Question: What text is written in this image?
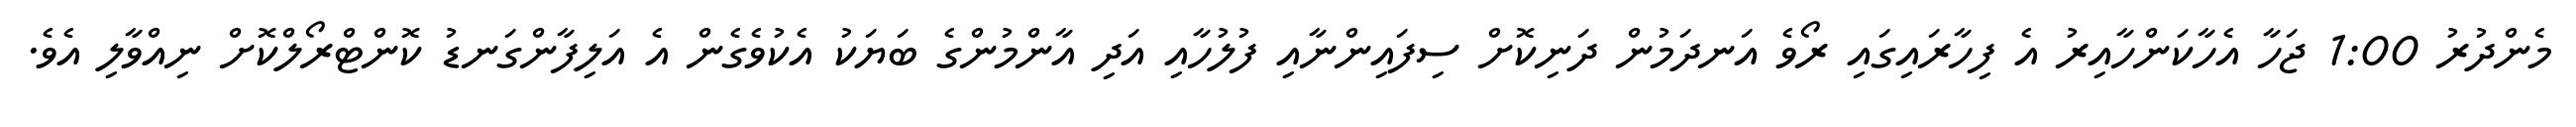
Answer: މެންދުރު 1:00 ޖަހާ އެހާކަންހާއިރު އެ ފިހާރައިގައި ރޯވެ އަނދަމުން ދަނިކޮށް ސިފައިންނާއި ފުލުހާއި އަދި އާންމުންގެ ބަޔަކު އެކުވެގެން އެ އަލިފާންގަނޑު ކޮންޓްރޯލްކޮށް ނިއްވާލި އެވެ.